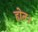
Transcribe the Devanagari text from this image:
होत।